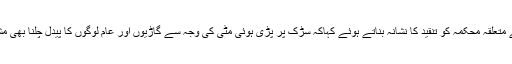
مقامی لوگوں نے متعلقہ محکمہ کو تنقید کا نشانہ بناتے ہوئے کہاکہ سڑک پر پڑی ہوئی مٹی کی وجہ سے گاڑیوں اور عام لوگوں کا پیدل چلنا بھی مشکل ہو گیا ہے ۔